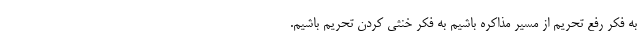
به فکر رفع تحریم از مسیر مذاکره باشیم به فکر خنثی کردن تحریم باشیم.